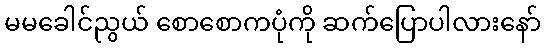
မမခေါင်ညွယ် စောစောကပုံကို ဆက်ပြောပါလားနော်